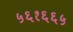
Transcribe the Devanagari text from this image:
५६१६६५